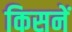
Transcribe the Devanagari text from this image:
किसनें